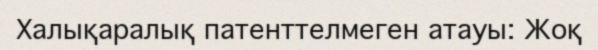
Халықаралық патенттелмеген атауы: Жоқ